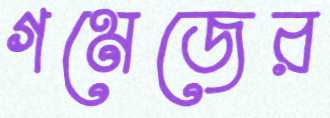
গমেজের